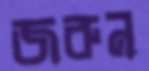
জরুন